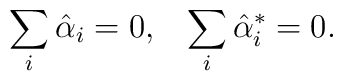
\sum_{i}\hat{\alpha}_{i}=0, \;\;\;\sum_{i}\hat{\alpha}_{i}^{*}=0.